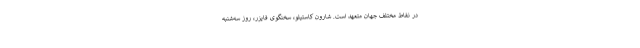
در نقاط مختلف جهان متعهد است. شارون کاستیلو، سخنگوی فایزر، روز سه‌شنبه